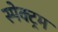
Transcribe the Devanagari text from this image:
स्‍पेक्‍ट्रम